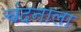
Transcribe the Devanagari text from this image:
चंदनाला